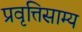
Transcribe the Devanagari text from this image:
प्रवृत्तिसाम्य